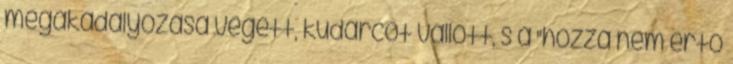
megakadályozása végett, kudarcot vallott, s a "hozzá nem értő